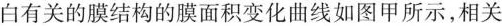
白有关的膜结构的膜面积变化曲线如图甲所示，相关